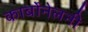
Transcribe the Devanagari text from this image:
कार्बोनेलनी